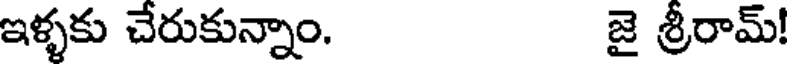
ఇళ్ళకు చేరుకున్నాం. జై శ్రీరామ్!